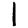
Digit: 1